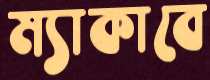
ম্যাকাবে